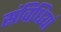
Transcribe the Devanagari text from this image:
संविधियां